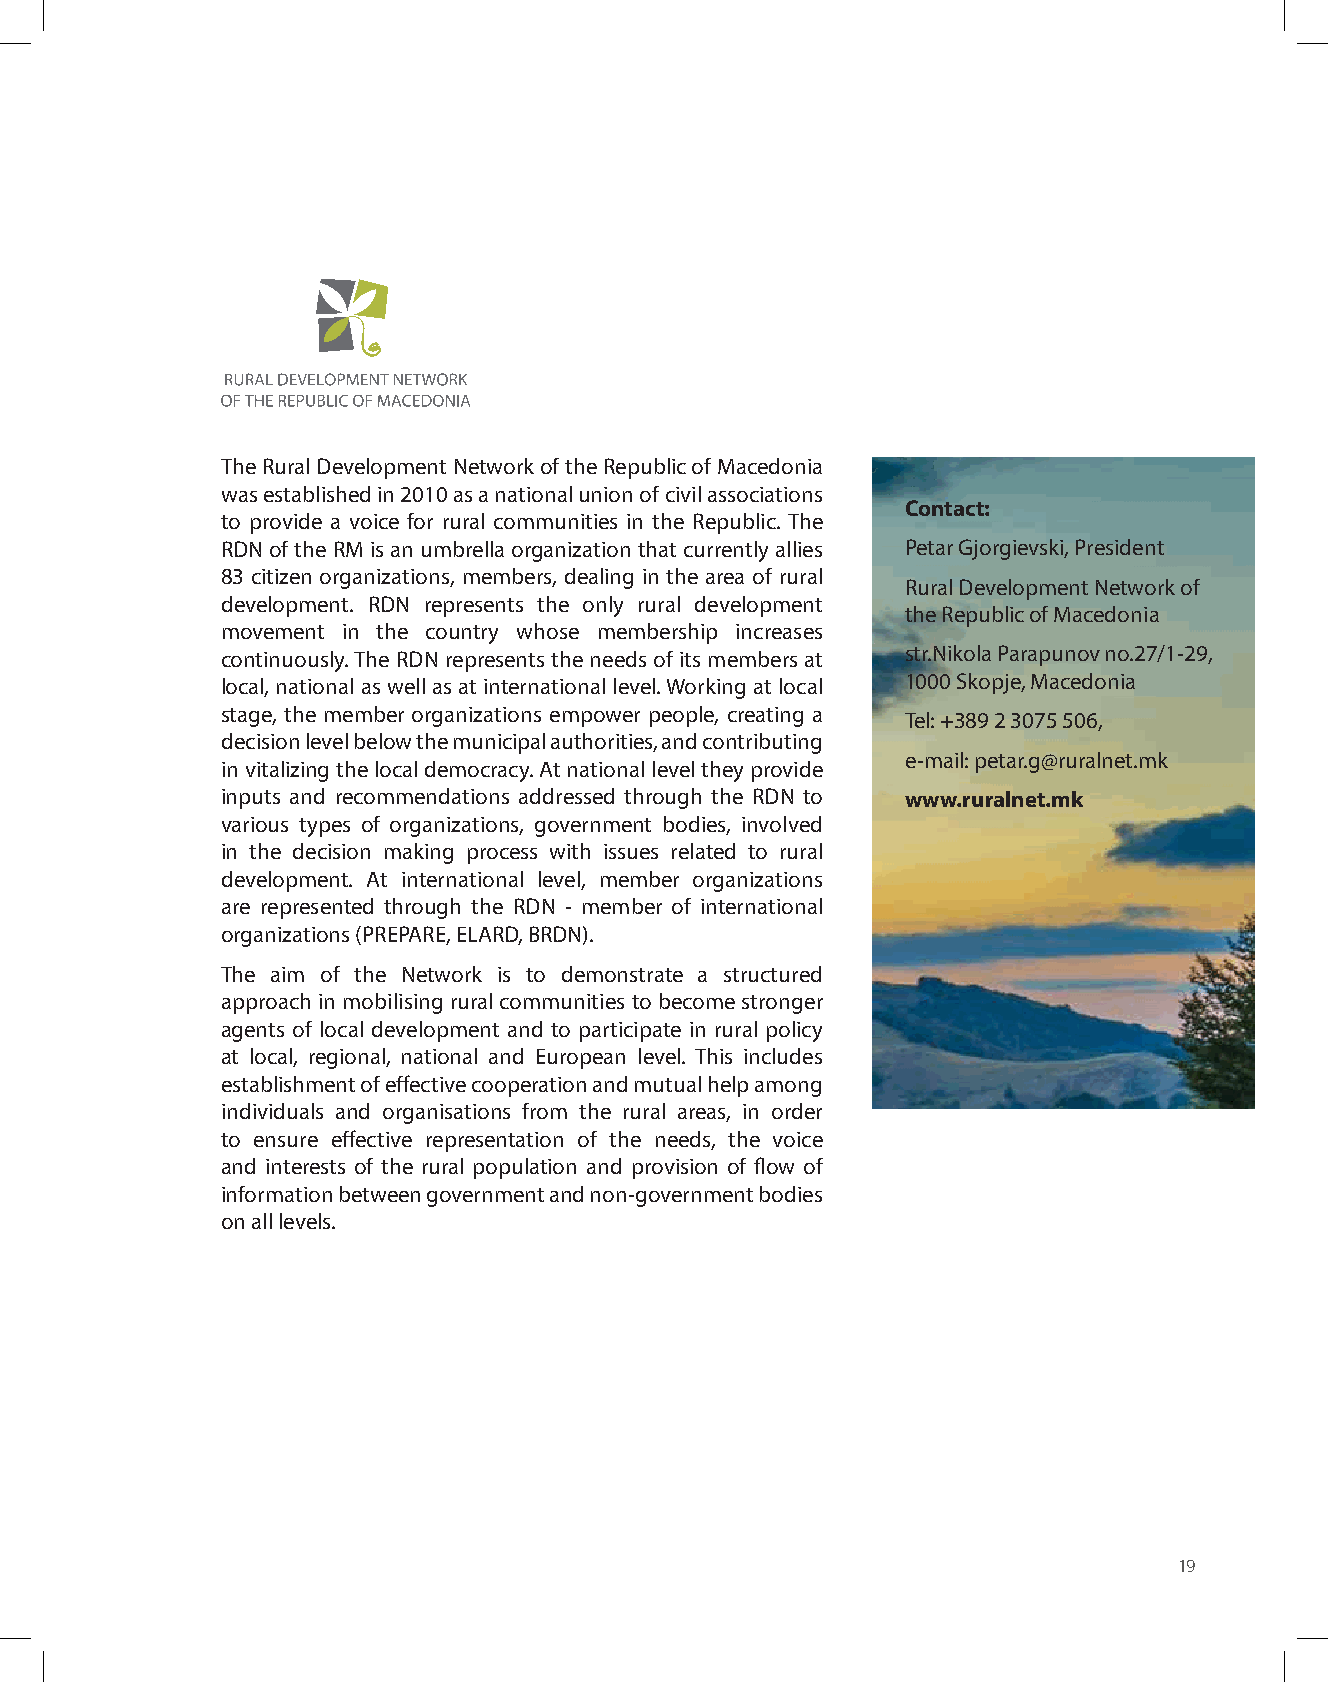
The Rural Development Network of the Republic of Macedonia
 was established in 2010 as a national union of civil associations
 Contact:
 to provide a voice for rural communities in the Republic. The
 RDN of the RM is an umbrella organization that currently allies Petar Gjorgievski, President
 83 citizen organizations, members, dealing in the area of rural
 Rural Development Network of
 development. RDN represents the only rural development
 the Republic of Macedonia
 movement in the country whose membership increases
 continuously. The RDN represents the needs of its members at str.Nikola Parapunov no.27/1-29,
 local, national as well as at international level. Working at local 1000 Skopje, Macedonia
 stage, the member organizations empower people, creating a
 Tel: +389 2 3075 506,
 decision level below the municipal authorities, and contributing
 e-mail: petar.g@ruralnet.mk
 in vitalizing the local democracy. At national level they provide
 inputs and recommendations addressed through the RDN to www.ruralnet.mk
 various types of organizations, government bodies, involved
 in the decision making process with issues related to rural
 development. At international level, member organizations
 are represented through the RDN - member of international
 organizations (PREPARE, ELARD, BRDN).
 The aim of the Network is to demonstrate a structured
 approach in mobilising rural communities to become stronger
 agents of local development and to participate in rural policy
 at local, regional, national and European level. This includes
 establishment of effective cooperation and mutual help among
 individuals and organisations from the rural areas, in order
 to ensure effective representation of the needs, the voice
 and interests of the rural population and provision of flow of
 information between government and non-government bodies
 on all levels.
 19